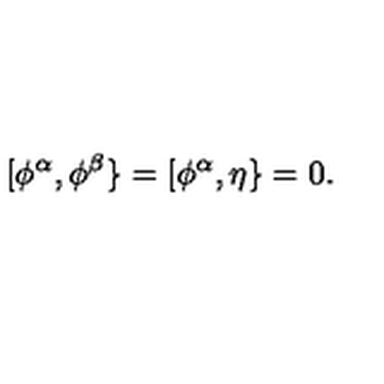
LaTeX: [ \phi ^ { \alpha } , \phi ^ { \beta } \} = [ \phi ^ { \alpha } , \eta \} = 0 .